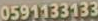
0591133133